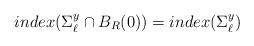
LaTeX: \begin{align*}index(\Sigma^y_{\ell} \cap B_R(0))=index(\Sigma^y_{\ell})\end{align*}